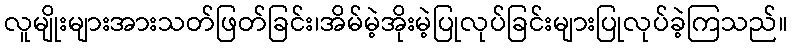
လူမျိုးများအားသတ်ဖြတ်ခြင်း၊အိမ်မဲ့အိုးမဲ့ပြုလုပ်ခြင်းများပြုလုပ်ခဲ့ကြသည်။